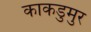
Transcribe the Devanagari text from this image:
काकडुमुर